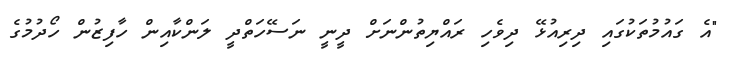
"އެ ގައުމުތަކުގައި ދިރިއުޅޭ ދިވެހި ރައްޔިތުންނަށް ދީނީ ނަސޭހަތްދީ ލަންކާއިން ހާފިޒުން ހޯދުމުގެ